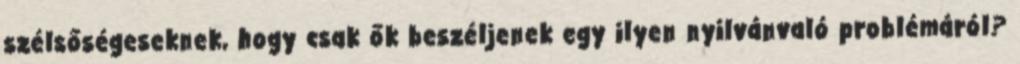
szélsőségeseknek, hogy csak ők beszéljenek egy ilyen nyilvánvaló problémáról?